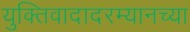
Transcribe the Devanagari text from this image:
युक्तिवादादरम्यानच्या